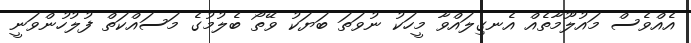
އެއްވެސް މައުލޫމާތެއް އެނގިލައްވާ މީހަކު ނުވަތަ ބަޔަކު ވޭތޯ ބެލުމުގެ މަސައްކަތް ފުލުހުންވަނީ